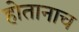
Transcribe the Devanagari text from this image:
होतानाच